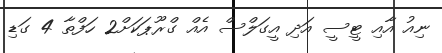
ނިއު އާއި ޓީސީ އަދި އީގަލްސް އެއް ގްރޫޕަކަށް2 ހަފްތާ 4 ގަޑި